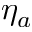
\eta _ { a }